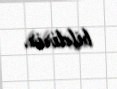
bildirir.